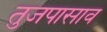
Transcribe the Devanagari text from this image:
तुजपासाव